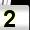
Digit: 2